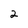
Character: 2